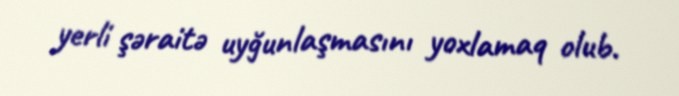
yerli şəraitə uyğunlaşmasını yoxlamaq olub.